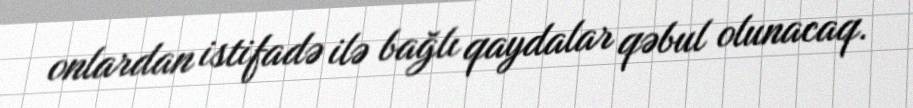
onlardan istifadə ilə bağlı qaydalar qəbul olunacaq.